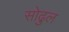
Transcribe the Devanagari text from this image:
सोढुल